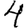
Digit: 4